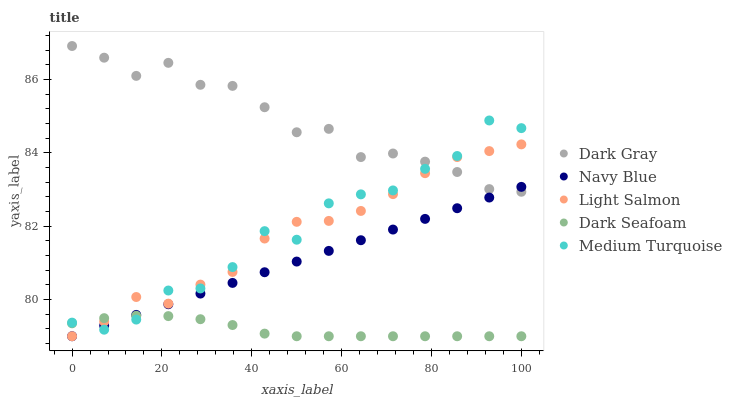
| xaxis_label | Dark Gray | Navy Blue | Light Salmon | Dark Seafoam | Medium Turquoise |
 | --- | --- | --- | --- | --- | --- |
 | 0 | 86.9 | 79 | 79 | 79.4 | 79.4 |
 | 7.14 | 86.6 | 79.3 | 79.4 | 79.5 | 79.2 |
 | 14.3 | 86.1 | 79.6 | 80.1 | 79.6 | 79.5 |
 | 21.4 | 86.5 | 79.9 | 79.9 | 79.5 | 80.2 |
 | 28.6 | 85.9 | 80.2 | 80.4 | 79.5 | 80.3 |
 | 35.7 | 85.8 | 80.5 | 80.8 | 79.3 | 80.9 |
 | 42.9 | 85.2 | 80.7 | 81.7 | 79.1 | 81.9 |
 | 50 | 84.6 | 81 | 82.1 | 79 | 81.6 |
 | 57.1 | 84.7 | 81.3 | 82.1 | 79 | 82.6 |
 | 64.3 | 83.9 | 81.6 | 82.4 | 79 | 82.9 |
 | 71.4 | 84 | 81.9 | 82.9 | 79 | 83 |
 | 78.6 | 83.8 | 82.2 | 83.4 | 79 | 83.6 |
 | 85.7 | 83.5 | 82.5 | 83.9 | 79 | 83.9 |
 | 92.9 | 83 | 82.8 | 84.1 | 79 | 84.9 |
 | 100 | 82.9 | 83.1 | 84.2 | 79 | 84.7 |